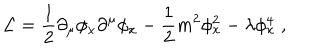
{ \cal L } = { \frac { 1 } { 2 } } \partial _ { \mu } \phi _ { x } \partial ^ { \mu } \phi _ { x } - { \frac { 1 } { 2 } } m ^ { 2 } \phi _ { x } ^ { 2 } - \lambda \phi _ { x } ^ { 4 } \; ,